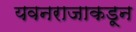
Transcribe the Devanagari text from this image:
यवनराजाकडून